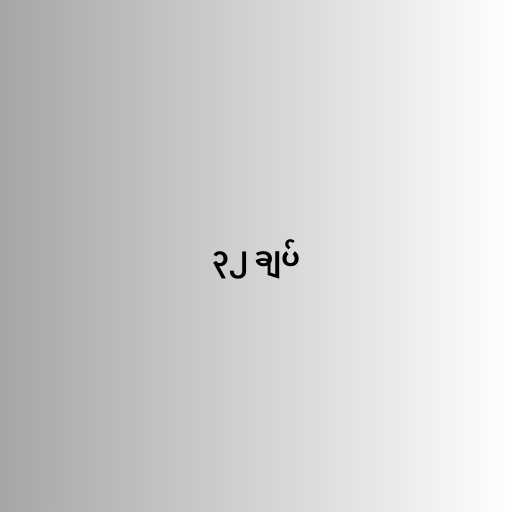
၃၂ ချပ်